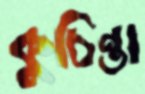
কুচিন্তা